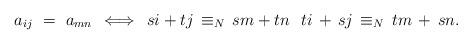
LaTeX: \begin{align*} a_{ij} \ = \ a_{mn} \,\iff\, si+tj \,\equiv_N\, sm+tn \ \ ti \,+\, sj \,\equiv_N\, tm \,+\, sn. \end{align*}